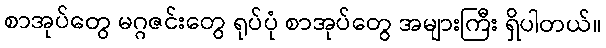
စာအုပ်တွေ မဂ္ဂဇင်းတွေ ရုပ်ပုံ စာအုပ်တွေ အများကြီး ရှိပါတယ်။